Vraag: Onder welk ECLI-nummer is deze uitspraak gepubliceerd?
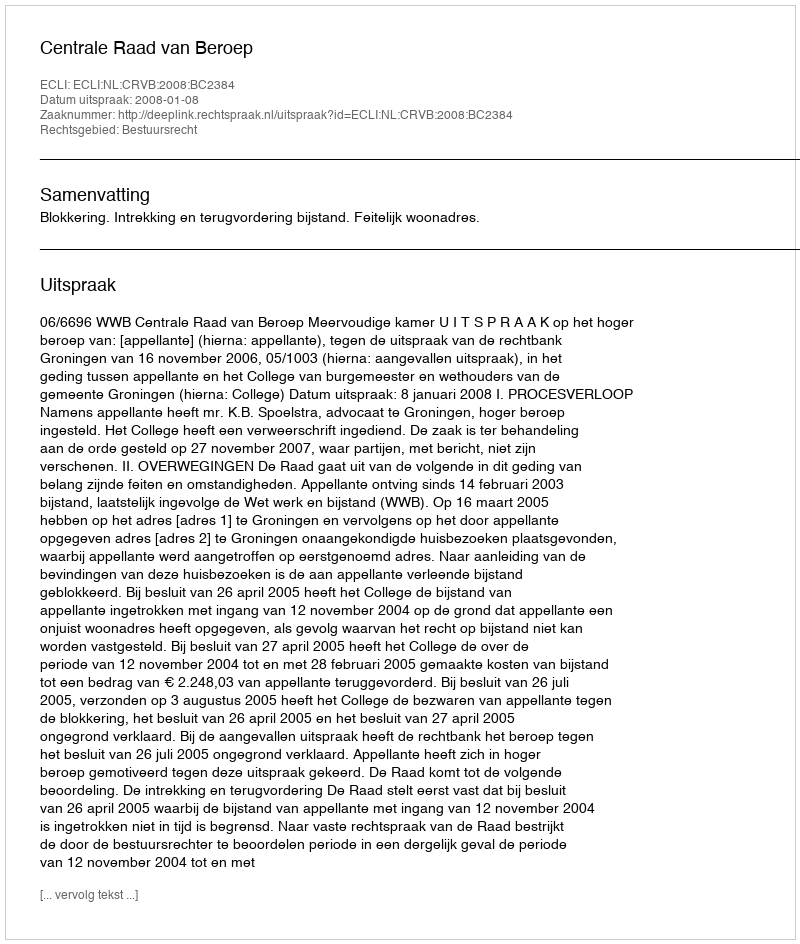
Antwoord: ECLI:NL:CRVB:2008:BC2384